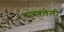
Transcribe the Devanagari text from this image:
रुजवलेली